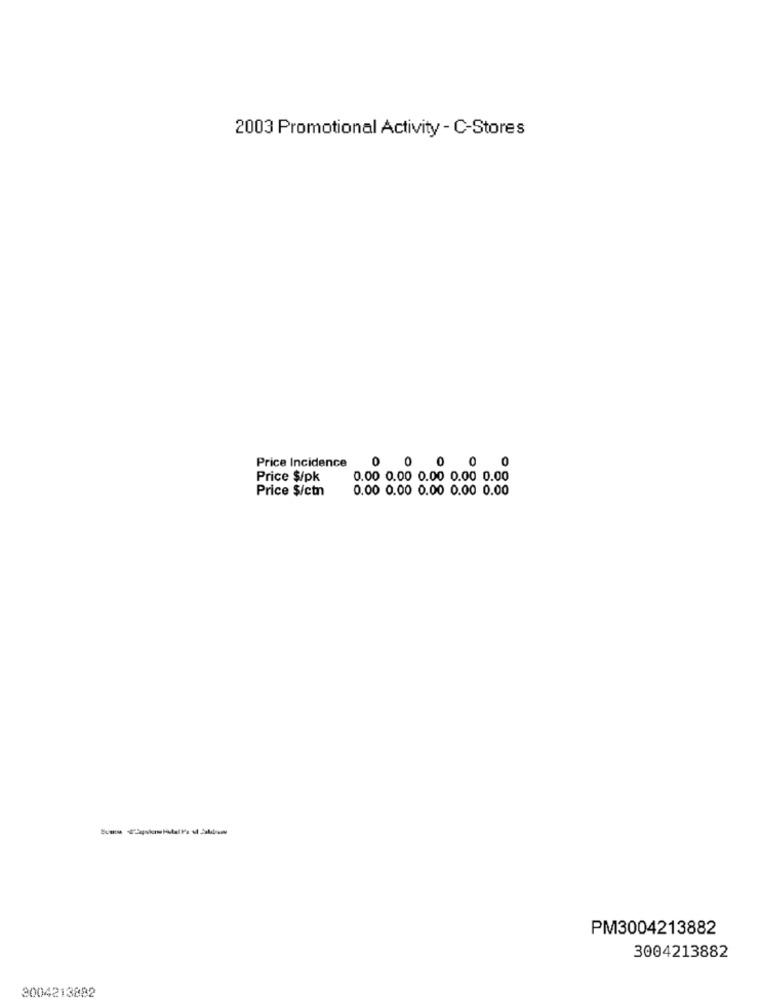
2003 Promotional Activity - C-Stores
Price Incidence
0 0 0 0 0
Price $/pk
0.00 0.00 0.00 0.00 0.00
Price $/ctn
0.00 0.00 0.00 0.00 0.00
PM3004213882
3004213882
3004213882